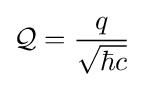
{\mathcal {Q}}={\frac {q}{\sqrt {\hbar c}}}